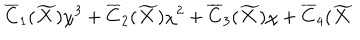
\overline { { { C } } } _ { 1 } ( \widetilde { X } ) \chi ^ { 3 } + \overline { { { C } } } _ { 2 } ( \widetilde { X } ) \chi ^ { 2 } + \overline { { { C } } } _ { 3 } ( \widetilde { X } ) \chi + \overline { { { C } } } _ { 4 } ( \widetilde { X }